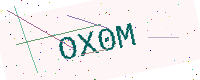
Text: OX0M